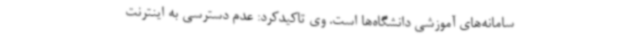
سامانه‌های آموزشی دانشگاه‌ها است. وی تاکیدکرد: عدم دسترسی به اینترنت